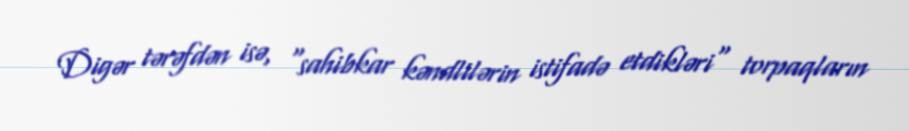
Digər tərəfdən isə, "sahibkar kəndlilərin istifadə etdikləri" torpaqların